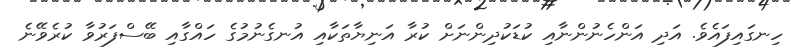
ހިނގައިފައެވެ. އަދި އަންހެނުންނާއި ކުޑަކުދިންނަށް ކުރާ އަނިޔާތަކާއި އުނގެނުމުގެ ހައްގާއި ބޭސްފަރުވާ ކުރެވޭނެ